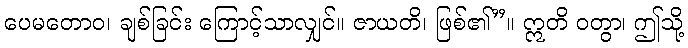
ပေမတောဝ၊ ချစ်ခြင်း ကြောင့်သာလျှင်။ ဇာယတိ၊ ဖြစ်၏”။ ဣတိ ဝတွာ၊ ဤသို့